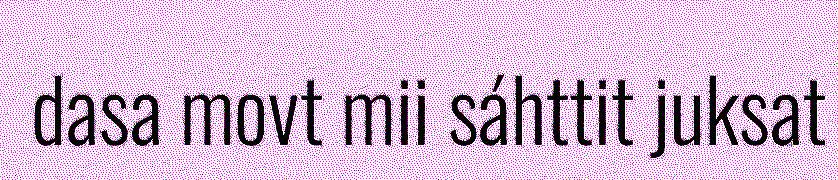
dasa movt mii sáhttit juksat